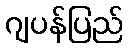
ဂျပန်ပြည်